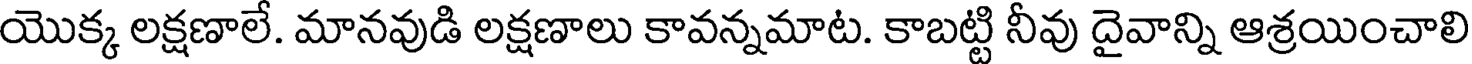
యొక్క లక్షణాలే. మానవుడి లక్షణాలు కావన్నమాట. కాబట్టి నీవు దైవాన్ని ఆశ్రయించాలి